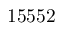
1 5 5 5 2